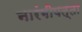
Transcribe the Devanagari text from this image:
नारंगीपत्ता